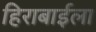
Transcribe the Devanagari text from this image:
हिराबाईला